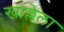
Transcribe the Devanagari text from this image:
खाल्लेला